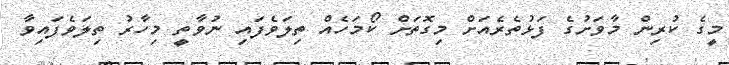
މީގެ ކުރިން މާވަށުގެ ފަޅުތެރެއަށް މިގޮތަށް ކޯމަހެއް ތިލަވެފައި ނުވާތީ މިހާރު ތިލަވެފައިވާ